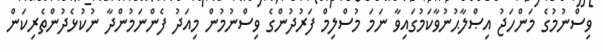
ވިސްނުމުގެ މަންހަޖު އިޞްލާޙުނުވާކަމުގައިވާ ނަމަ މުސްލިމް ފަރުދުންގެ ވިސްނުމުން މިއަދު ފެންނަމުންދާ ނުކުޅެދުންތެރިކަން